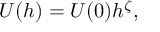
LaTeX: U ( h ) = U ( 0 ) h ^ { \zeta } ,